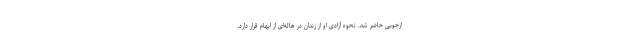
ازجویی حاضر شد. نحوه آزادی او از زندان در هاله‌ای از ابهام قرار دارد.